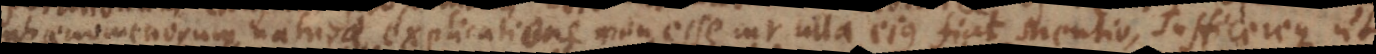
phaenomenorum naturae explicatione non esse cur ulla ejus fiat mentio, sufficereque ut